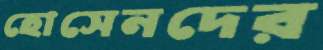
হোসেনদের